Treatise on elephants
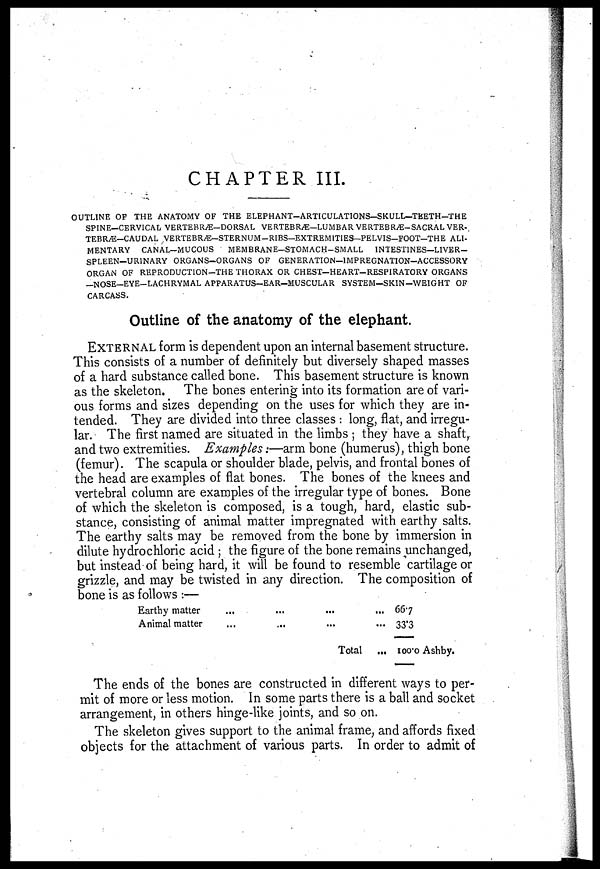
CHAPTER III.
OUTLINE OF THE ANATOMY OF THE ELEPHANT-ARTICULATIONS-SKULL—TEETH-THE
SPINE—CERVICAL VERTEBRÆ-DORSAL VERTEBRÆ—LUMBAR VERTEBRÆ-SACRAL VER-
TEBR/E-CAUDAL VERTEBRÆ-STERNUM-RIBS-EXTREM1TIES-PELVIS–FOOT–THE ALI-
MENTARY
CANAL–MUCOUS
MEMBRANE-STOMACH–SMALL
INTESTINES–LIVER–
SPLEEN—URINARY ORGANS–ORGANS OF GENERATION—IMPREGNATION—ACCESSORY
ORGAN OF REPRODUCTION–THE THORAX OR CHEST-HEART-RESPIRATORY ORGANS
–NOSE–EYE–LACHRYMAL APPARATUS–EAR–MUSCULAR SYSTEM-SKIN-WEIGHT OF
CARCASS.
Outline of the anatomy of the elephant.
EXTERNAL form is dependent upon an internal basement structure.
This consists of a number of definitely but diversely shaped masses
of a hard substance called bone. This basement structure is known
as the skeleton. The bones entering into its formation are of vari-
ous forms and sizes depending on the uses for which they are in-
tended. They are divided into three classes : long, flat, and irregu-
lar. The first named are situated in the limbs ; they have a shaft,
and two extremities. Examples:—arm bone (humerus), thigh bone
(femur). The scapula or shoulder blade, pelvis, and frontal bones of
the head are examples of flat bones. The bones of the knees and
vertebral column are examples of the irregular type of bones. Bone
of which the skeleton is composed, is a tough, hard, elastic sub-
stance, consisting of animal matter impregnated with earthy salts.
The earthy salts may be removed from the bone by immersion in
dilute hydrochloric acid ; the figure of the bone remains unchanged,
but instead of being hard, it will be found to resemble cartilage or
grizzle, and may be twisted in any direction. The composition of
bone is as follows :—
Earthy matter
... ... ... ...
Animal matter
... ... ... ...
Total ...
667
33.3
100.0 Ashby.
The ends of the bones are constructed in different ways to per-
mit of more or less motion. In some parts there is a ball and socket
arrangement, in others hinge-like joints, and so on.
The skeleton gives support to the animal frame, and affords fixed
objects for the attachment of various parts. In order to admit of